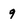
Character: 9